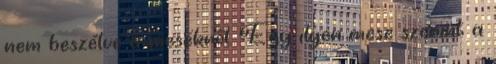
nem beszélve a mesékről. Egy ilyen mese szerint a